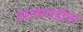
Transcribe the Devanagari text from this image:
आसपडोस